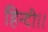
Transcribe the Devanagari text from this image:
हिन्दी।।